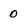
Character: 0